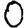
Digit: 0